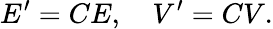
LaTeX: E^{\prime}=CE,\quad V^{\prime}=CV.